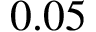
0 . 0 5